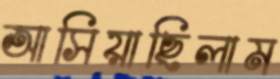
আসিয়াছিলাম